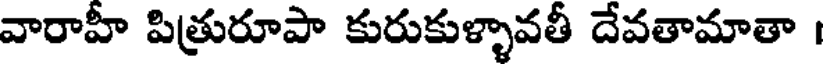
వారాహీ పిత్రురూపా కురుకుళ్ళావతీ దేవతామాతా ।